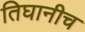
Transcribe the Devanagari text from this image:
तिघानीच